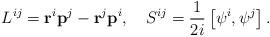
LaTeX: \begin{align*}L^{ij}={\bf r}^i{\bf p}^j-{\bf r}^j{\bf p}^i,\quad S^{ij}=\frac 1{2i}\left[ {\bf \psi }^i,{\bf \psi }^j\right] .\end{align*}